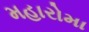
મહારોમા